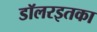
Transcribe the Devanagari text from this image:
डॉलरइतका